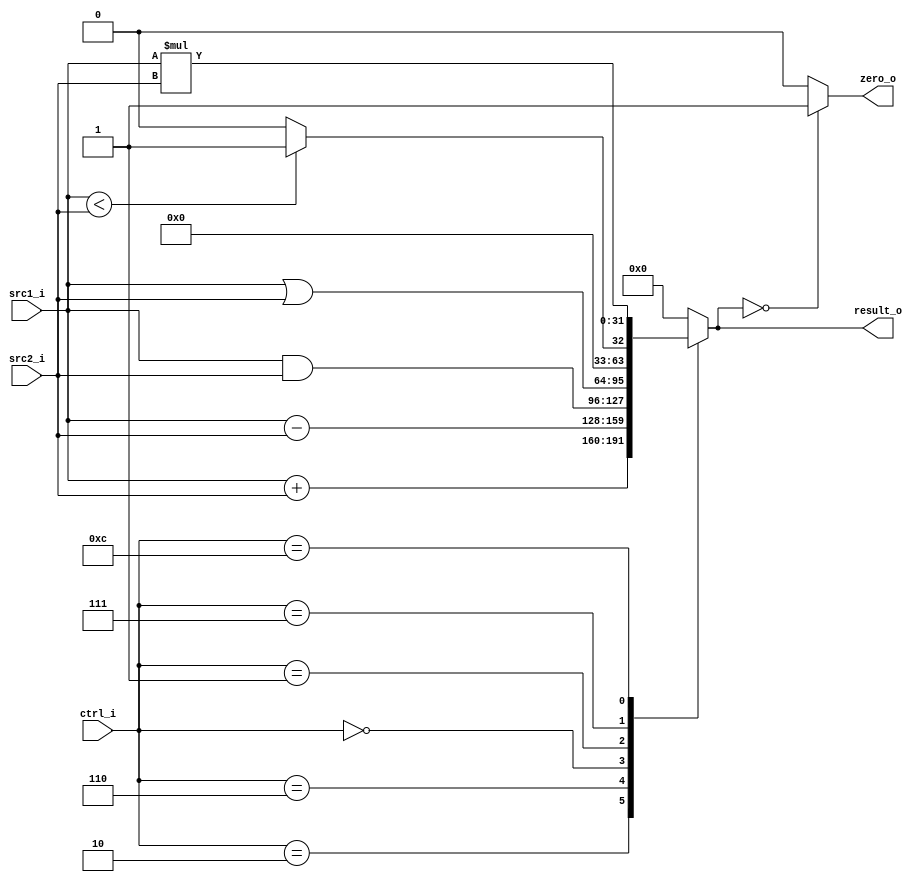
//Subject:     CO project 2 - ALU
//--------------------------------------------------------------------------------
//Version:     1
//--------------------------------------------------------------------------------
//Writer:      
//----------------------------------------------
//Date:        
//----------------------------------------------
//Description: 
//--------------------------------------------------------------------------------

module ALU(
    src1_i,
	src2_i,
	ctrl_i,
	result_o,
	zero_o
	);
     
//I/O ports
input  [32-1:0]  src1_i;
input  [32-1:0]	 src2_i;
input  [4-1:0]   ctrl_i;

output [32-1:0]	 result_o;
output           zero_o;

//Internal signals
reg    [32-1:0]  result_o;
wire             zero_o;

//Parameter
assign zero_o=(result_o==0?1:0);
always@(*)
begin
	case (ctrl_i)
		4'b0010:  result_o <= src1_i+src2_i;
		4'b0110:  result_o <= src1_i-src2_i;
		4'b0000:  result_o <= src1_i&src2_i;
		4'b0001:  result_o <= src1_i|src2_i;
		4'b0111:  result_o <= (src1_i<src2_i)?1:0;
		4'b1100:  result_o <= src1_i*src2_i;
		default:  result_o <= 0;
	endcase
end
//Main function

endmodule